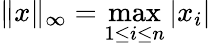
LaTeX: \| x\| _{\infty}=\max_{1\leq i\leq n}|x_{i}|